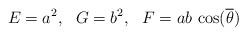
LaTeX: \begin{align*}E=a^2,\ \ G=b^2,\ \ F=ab\,\cos(\overline\theta)\end{align*}